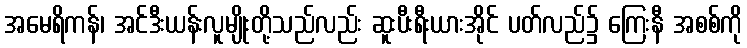
အမေရိကန်၊ အင်ဒီးယန်းလူမျိုးတို့သည်လည်း ဆူးပီးရီးယားအိုင် ပတ်လည်၌ ကြေးနီ အစစ်ကို